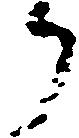
り